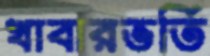
খাবারভর্তি